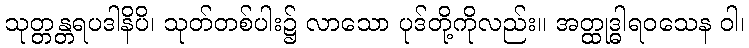
သုတ္တန္တရပဒါနိပိ၊ သုတ်တစ်ပါး၌ လာသော ပုဒ်တို့ကိုလည်း။ အတ္ထုဒ္ဓါရဝသေန ဝါ၊